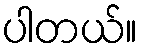
ပါတယ်။